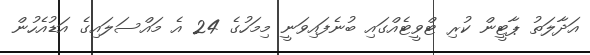
އަދާލަތު ޕާޓީން ކުރި ޓްވީޓެއްގައި ބުނެފައިވަނީ މިމަހުގެ 24 އެ މައްސަލައިގެ އަޑުއެހުން